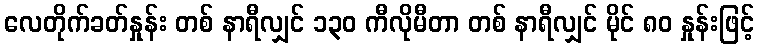
လေတိုက်ခတ်နှုန်း တစ် နာရီလျှင် ၁၃၀ ကီလိုမီတာ တစ် နာရီလျှင် မိုင် ၈၀ နှုန်းဖြင့်